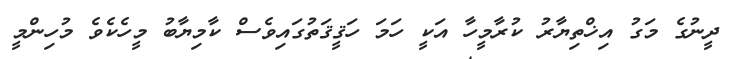
ދީނުގެ މަގު އިޚްތިޔާރު ކުރާމީހާ އަކީ ހަމަ ހަޤީޤަތުގައިވެސް ކާމިޔާބު މީހެކެވެ މުހިންމީ